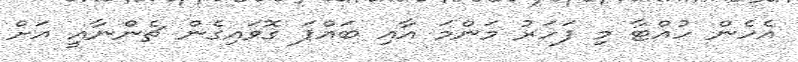
އެހެން ހުއްޓާ މި ފަަހަރު މަންމަ އާއި ބައްޕަ ގޮވައިގެން ޗެންނާއީ އަށް